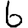
Digit: 6